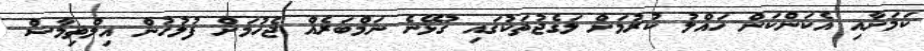
ކަމަށާއި އެކަންކަން ހައްލު ކުރުމަށް ލަގެޖުތަކުގައި ގުޅޭނެ ނަމްބަރެއް ޖެހުމަށް ފުލުހުން އިލްތިމާސް